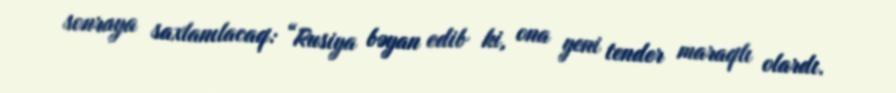
sonraya saxlanılacaq: “Rusiya bəyan edib ki, ona yeni tender maraqlı olardı.